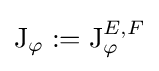
\operatorname {J} _{\varphi }:=\operatorname {J} _{\varphi }^{E,F}